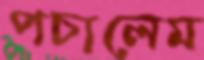
পচালেম